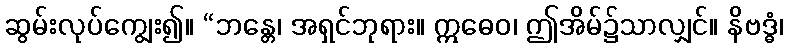
ဆွမ်းလုပ်ကျွေး၍။ “ဘန္တေ၊ အရှင်ဘုရား။ ဣဓေဝ၊ ဤအိမ်၌သာလျှင်။ နိဗဒ္ဓံ၊